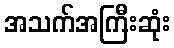
အသက်အကြီးဆုံး